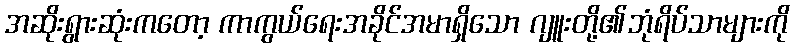
အဆိုးရွားဆုံးကတော့ ကာကွယ်ရေးအခိုင်အမာရှိသော ဂျူးတို့၏ဘုံရိပ်သာများကို